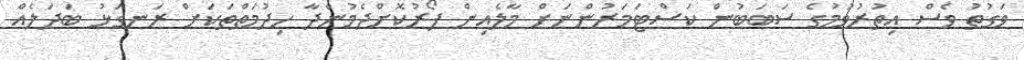
ވަގުތު ވެސް އިތުރުވުމުގެ ސަބަބުން ކަސްޓަަމަރުންނަށް މާލެއިން ފޯރުކޮށްދެމުންދާ ހިދުމަތްތަކަށް ރަނގަޅު ބަދަލެއް